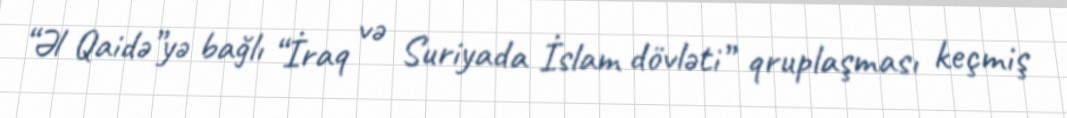
“Əl Qaidə”yə bağlı “İraq və Suriyada İslam dövləti” qruplaşması keçmiş